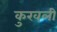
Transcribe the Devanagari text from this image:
कुरवली